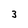
Character: 3